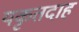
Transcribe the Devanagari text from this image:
यकृतदाह